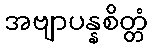
အဗျာပန္နစိတ္တံ